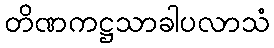
တိဏကဋ္ဌသာခါပလာသံ